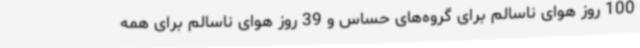
100 روز هوای ناسالم برای گروه‌های حساس و 39 روز هوای ناسالم برای همه